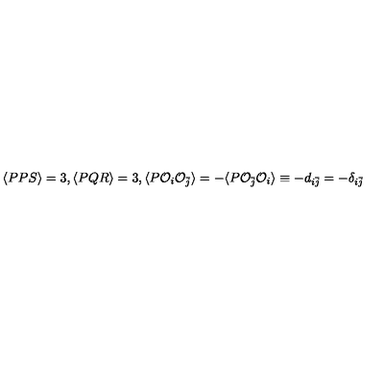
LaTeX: \langle P P S \rangle = 3 , \langle P Q R \rangle = 3 , \langle P { \cal O } _ { i } { \cal O } _ { \bar { j } } \rangle = - \langle P { \cal O } _ { \bar { j } } { \cal O } _ { i } \rangle \equiv - d _ { i \bar { j } } = - \delta _ { i \bar { j } }